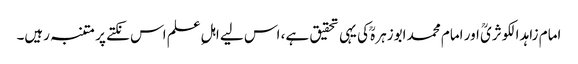
امام زاہد الکوثریؒ اور امام محمد ابوزہرہؒ کی یہی تحقیق ہے، اس لیے اہلِ علم اس نکتے پر متنبہ رہیں۔